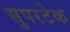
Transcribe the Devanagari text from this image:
सुपरटेक